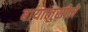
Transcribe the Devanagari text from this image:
बायालुसीमे